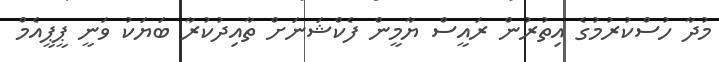
މުދާ ހުސްކުރުމުގެ އިތުރުން ރައީސް ޔާމީން ފެކްޝަނަށް ތާއިދުކުރާ ބަޔަކު ވަނީ ޕީޕީއެމް